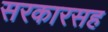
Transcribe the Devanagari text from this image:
सरकारसह